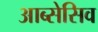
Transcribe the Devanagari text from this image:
आब्सेसिव